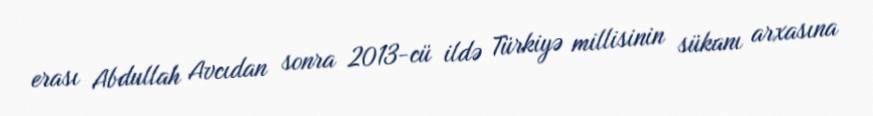
erası Abdullah Avcıdan sonra 2013-cü ildə Türkiyə millisinin sükanı arxasına